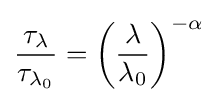
{\frac {\tau _{\lambda }}{\tau _{\lambda _{0}}}}=\left({\frac {\lambda }{\lambda _{0}}}\right)^{-\alpha }